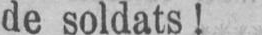
de soldats!